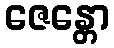
ဇေန္တော